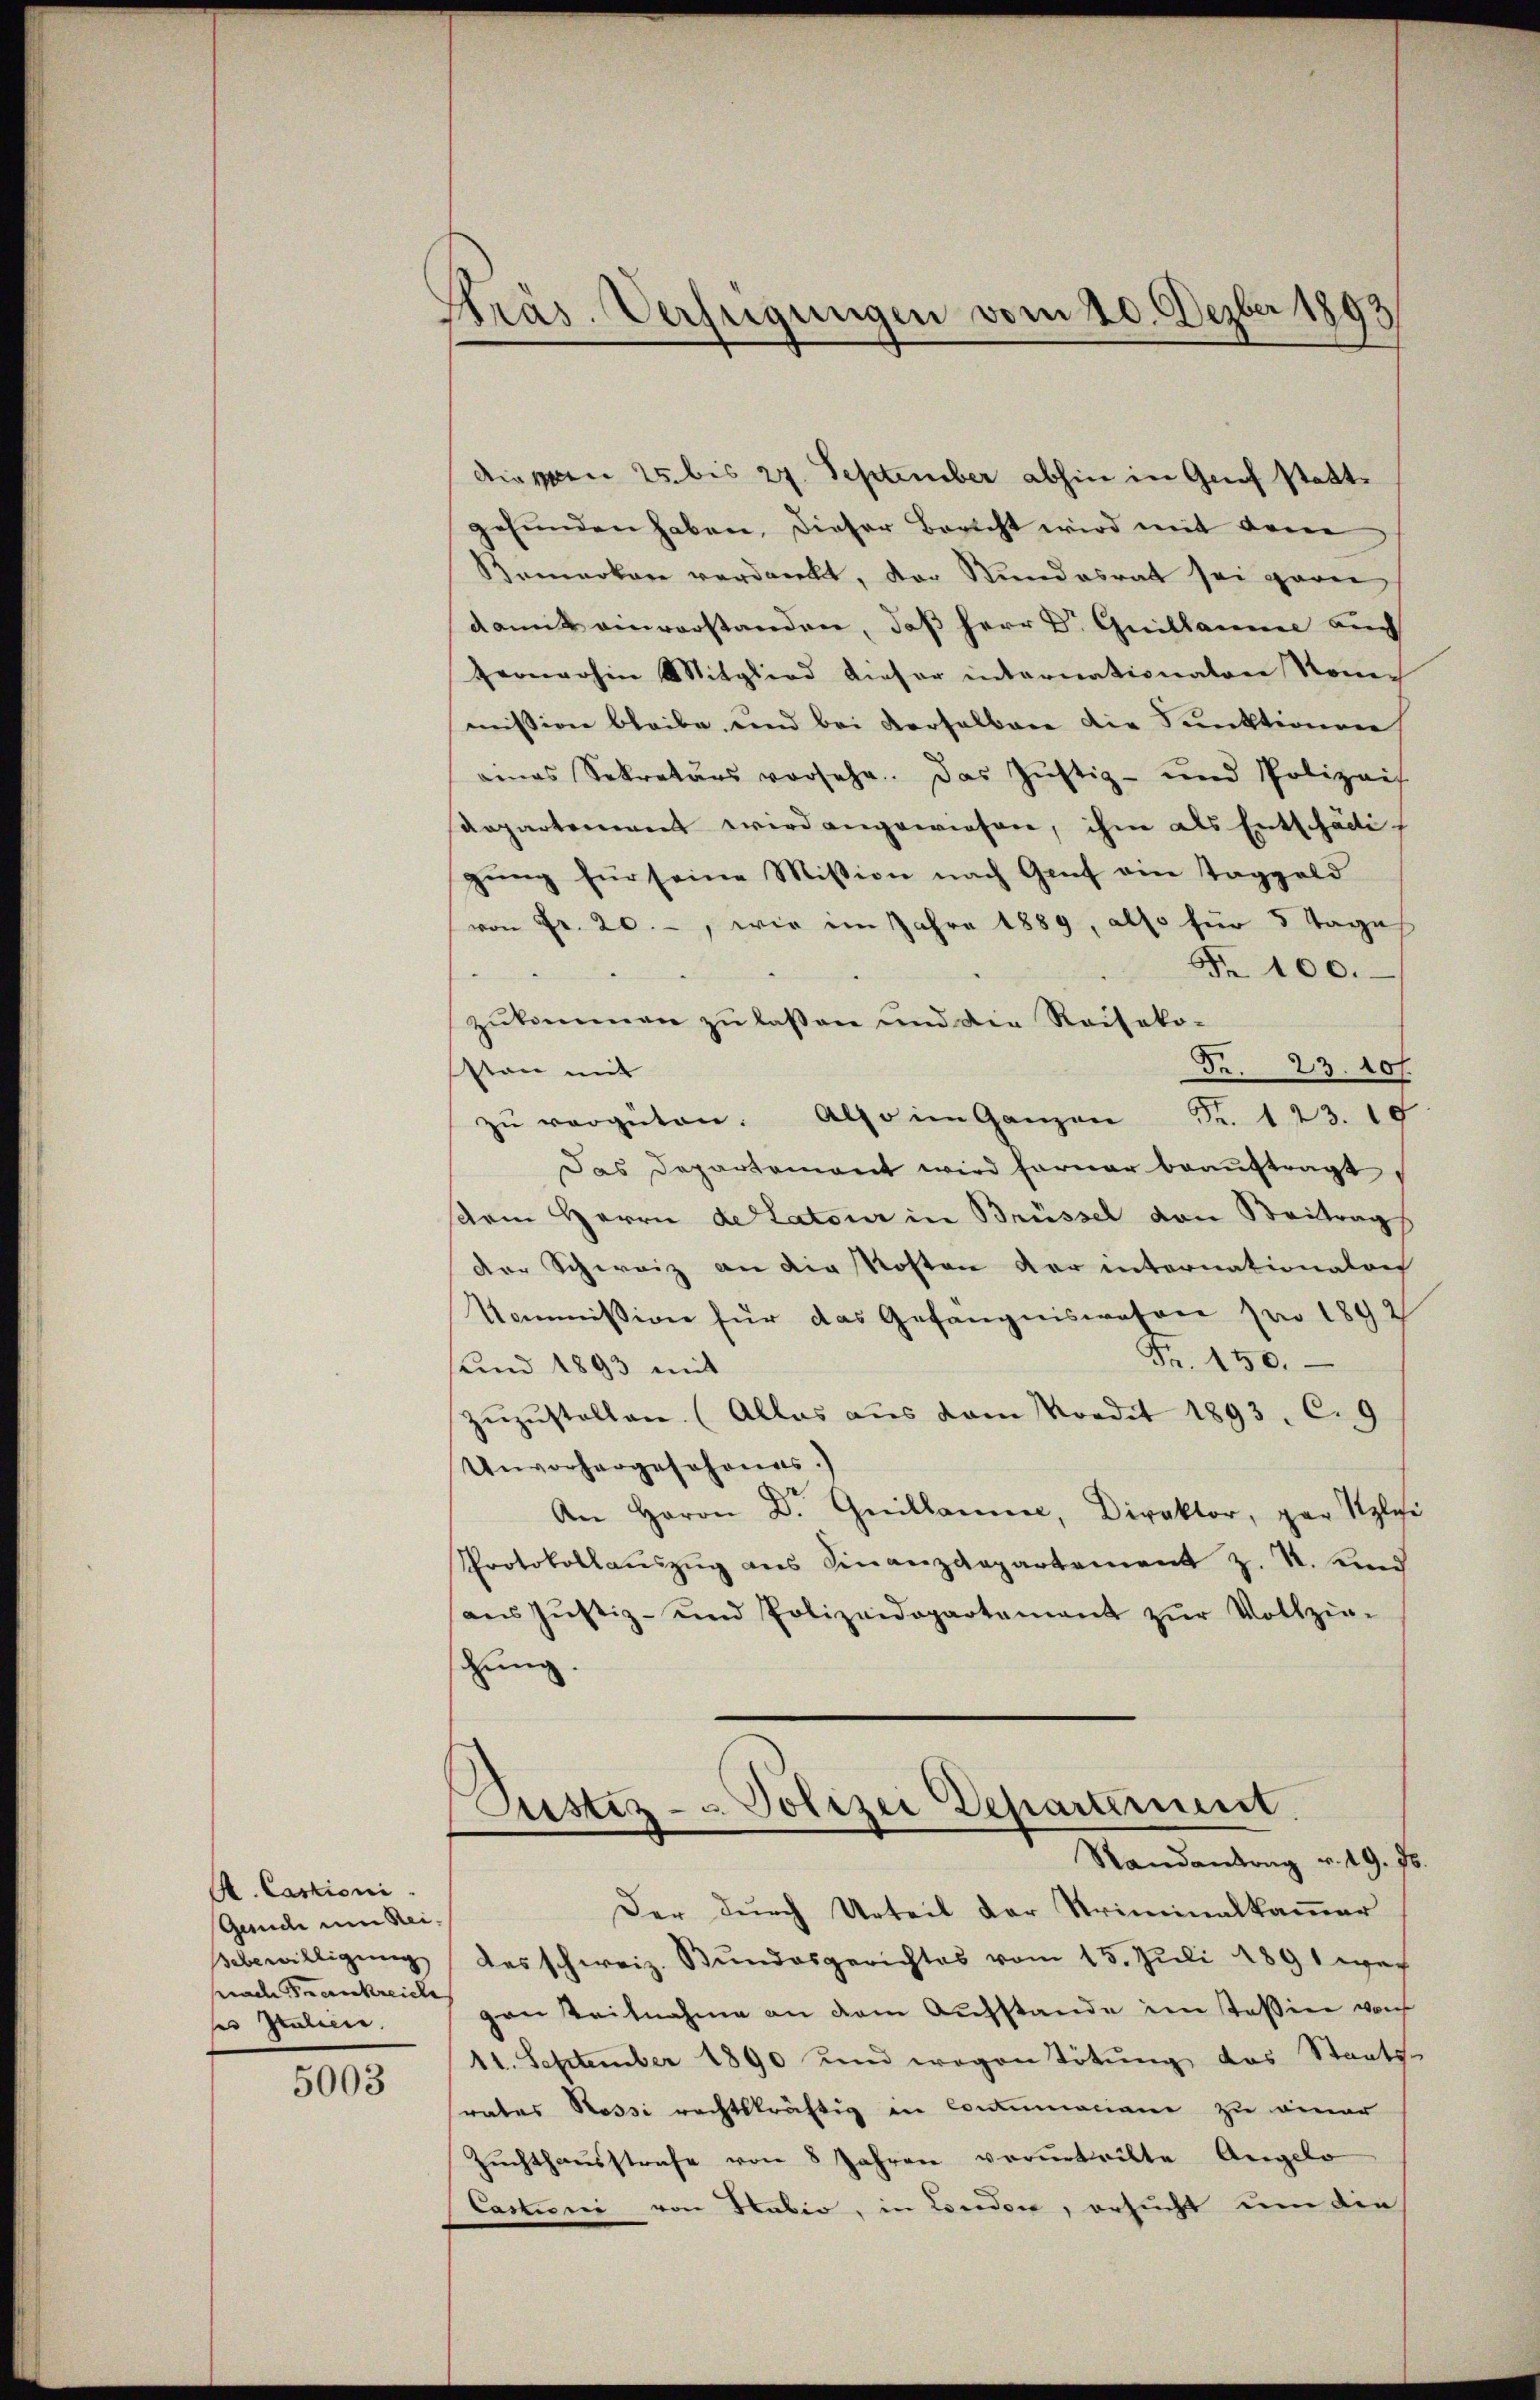
A. Castioni
Gunde um Rei¬
Sebewilligung
frade Frankreiche
ses Italiene.
5003

Präs. Verfügungen vom 20. Dezber 1893

diesen 25 bis 27. September abhin in Grief stattefŭnden haben. Dieser Bericht wird mit dene
Kemerken verdankt, der Bundesrat sei garn
damit einverstanden, daß Herr Dr Guillaume auch
fernerhin Mitglied dieser internationalen Romen
mission bleibe, und bei Verselben die Punktionen
eines Sekretärs vorsehe. Das Justiz- und Polizeis
Repartement wird angewiesen, ihm als Entschädigung für seine Mission nach Graf ein Taggeld
von Fr. 20. -, wie im Jahre 1889, also für 5 Tages
Fr. 100.
zukommen zu lassen und die Reiseko-
Fr. 23. 107
sten mit
zŭ vergüten. Also im Ganzen Fr. 123. 10
Das Departement wird ferner beaŭftragt
rm Herrn deratoir in Brüssel von Beitrags
dere Schweiz an die Kosten der internationalre
Kommission für das Gefängniswesen pro 1892
Fr. 150.
und 1893 mit
zŭzŭstellen. (Alles aŭs vom Nordit 1893. C. 9
Unvorhergeschonas.)
An Herrn Dr. Guillamer, Direktor, par Szlie
Protokollaŭszŭg ans Finanzdepartement z. R. und
aŭs Jŭstiz- und Polizeidepartament zŭr Vollzie-
chung.

Der durch Urteil der Kriminalkammer
des schweiz. Bundesgerichtes vom 15. Juli 1891 wei
gan Teilnahme an dem Aufstande im Tassier von
11. September 1890 und wegen Tötung das Staats-
rates Nossi rechtskräftig in Contumaciane zu einer
Zŭchthaŭsstrafe von 8 Jahren vorentritte Angelo
Castiani von Habio, in London, ersucht um die

Justiz- u. Polizei Departernit
Randantrag v. 19. ds